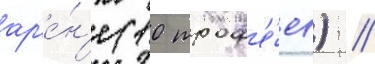
ар'е́н'е (10 троф'е́ев) //